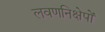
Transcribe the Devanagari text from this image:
लवणनिक्षेपों